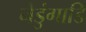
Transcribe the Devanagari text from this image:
नेडुंगाडि